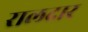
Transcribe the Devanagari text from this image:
रालदार